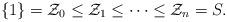
LaTeX: \begin{align*} \{1\}=\mathcal{Z}_0 \leq \mathcal{Z}_1 \leq \cdots \leq \mathcal{Z}_n=S. \end{align*}